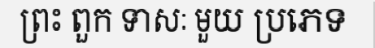
ព្រះ ពួក ទាសៈ មួយ ប្រភេទ